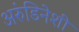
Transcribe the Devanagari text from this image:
अरुंडिनेशी